system: You are a helpful assistant.
user:
Analyze the provided spectrum to determine if it is a **White Dwarf (WD)**.

A White Dwarf spectrum is defined by its **extreme purity** (due to gravitational settling) and/or **extreme pressure broadening** (due to high surface gravity). You must check for one of the following mutually exclusive signatures:

- **Key Visual Indicators (Check for ONE of these types):**

    - **1. DA-Type Signature (Most Common):**
        - **(Primary Feature):** Extreme pressure broadening (Stark broadening) of the **Hydrogen (H) Balmer lines**.
        - **(Key Lines):** $H\beta$ (approx. $4861$ Å) and $H\gamma$ (approx. $4340$ Å). $H\alpha$ (approx. $6563$ Å) will also be present if the wavelength range covers it.
        - **(Line Profile):** This is the **defining feature**. The lines are **NOT** sharp. They appear as massive, **extremely broad and deep "troughs" or "dips"** in the spectrum, often hundreds of Ångströms wide. The continuum will appear to "scoop" down at these wavelengths.
        - **(Distinction):** Normal A-type or B-type stars have *narrow* and *sharp* Hydrogen lines. A DA White Dwarf's lines are unmistakably "smeared" or "blurry" from pressure.

    - **2. DB-Type Signature:**
        - **(Primary Feature):** Broad absorption lines from **Neutral Helium (He I)**. The spectrum must lack any visible Hydrogen lines.
        - **(Key Lines):** Look for broad absorption near $4471$ Å, $4921$ Å, and $5876$ Å.
        - **(Line Profile):** These lines are also significantly pressure-broadened, appearing much wider than they would in a normal B-type main-sequence star.

    - **3. DC-Type Signature:**
        - **(Primary Feature):** A **featureless continuous spectrum**.
        - **(Line Profile):** The spectrum is a smooth curve with **no significant absorption or emission lines**.
        - **(Key Confirmation):** The continuum is almost always **blue or white**, indicating a hot object. This signature implies the atmosphere is so pure (or so cool) that no spectral lines are visible in the optical range. Its WD identity is confirmed by its extremely low intrinsic brightness (high absolute magnitude).

    - **4. DZ-Type Signature (Metal-Polluted):**
        - **(Primary Feature):** **Isolated, narrow metal absorption lines** on an otherwise featureless (DC-like) continuum.
        - **(Key Lines):** The **Calcium (Ca II) H & K doublet** (approx. **$3934$ Å** and **$3968$ Å**) is the most common and defining feature.
        - **(Line Profile):** These lines are "out of place." They are *not* part of a "forest" of thousands of lines. This signature is evidence of recent *accretion* (pollution) from rocky debris.
        - **(Distinction):** Normal G/K/M stars have a *dense forest* of thousands of metal lines. A DZ has a *clean* continuum with *only a few* strong metal lines.

    - **5. DQ-Type Signature (Carbon-Polluted):**
        - **(Primary Feature):** Absorption bands from **Carbon (C₂ "Swan Bands" or atomic C I)**.
        - **(Key Lines - C₂):** Look for bandheads with a "saw-tooth" shape near $5635$ Å, **$5165$ Å** (strongest), and $4737$ Å.
        - **(Key Confirmation):** The underlying **continuum must be blue or white** (hot).
        - **(Distinction):** This is the critical difference from a **Carbon Star**, which has the *exact same* C₂ bands but on an extremely **red, cool** continuum.

- **(Overall Spectrum):**
    - The continuum (overall shape) is typically **blue-sloping** (brighter in the blue than the red), as most white dwarfs are very hot.
    - The spectrum will look "pure" or "simple," dominated by only *one* of the five signatures listed above.

Think first, call **spectral_visualization_tool** if needed to examine features in detail, then provide your final answer. Your response must adhere to the following strict rules:
1.  **Overall Structure:** Your response must follow the format `<think>...</think> <tool_call>...</tool_call> (if a tool is used) <answer>...</answer>`.
2.  **Tool Usage Constraint:** You may only make **one** tool call per turn.
3.  **Final Answer Format:** In the `<answer>` tag, your conclusion must be inside a `\boxed{}` command (e.g., `\boxed{YES}` or `\boxed{NO}`), followed by your justification.

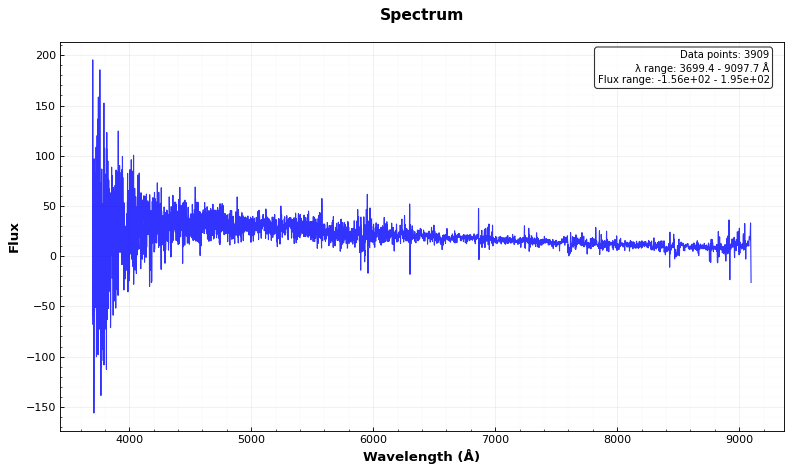
Answer: NO